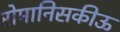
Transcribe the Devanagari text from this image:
रोमानिसकीऊ